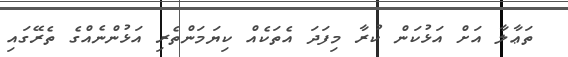
ތަޢާލާ އަށް އަޅުކަން ކުރާ މިފަދަ އެތަކެއް ކިޔަމަންތެރި އަޅުންނެއްގެ ތެރޭގައި